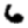
Digit: 6